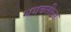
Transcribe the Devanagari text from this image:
भगवतीला